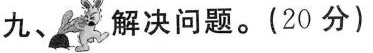
九、解决问题。(20分)